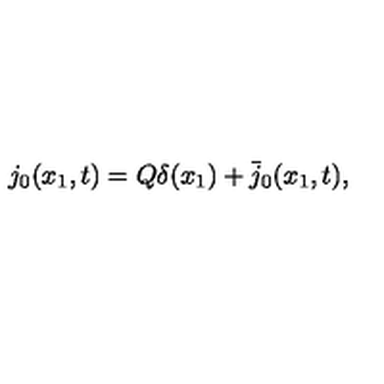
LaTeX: j _ { 0 } ( x _ { 1 } , t ) = Q \delta ( x _ { 1 } ) + \bar { j } _ { 0 } ( x _ { 1 } , t ) ,